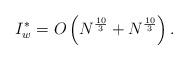
LaTeX: \begin{align*}I^*_w=O\left(N^{\frac{10}{3}} + N^{\frac{10}{3}}\right).\end{align*}